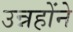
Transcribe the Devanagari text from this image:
उन्नहोंने